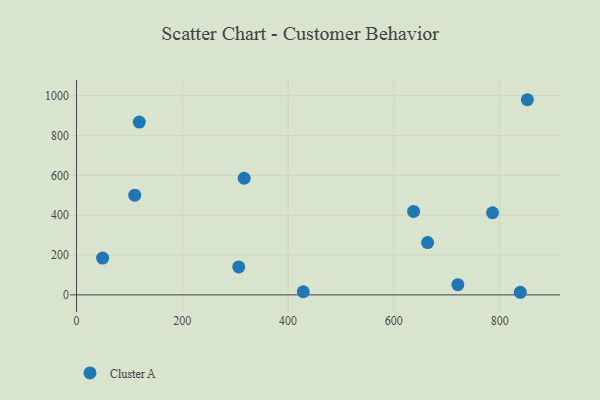
{"axis": {"x": "Ad Spend", "y": "Profit"}, "legend": ["Cluster A"], "data": [{"x": "786.5", "y": 412.3, "type": "Cluster A"}, {"x": "49.4", "y": 184.6, "type": "Cluster A"}, {"x": "839.1", "y": 13.1, "type": "Cluster A"}, {"x": "852.4", "y": 979.9, "type": "Cluster A"}, {"x": "118.7", "y": 867.8, "type": "Cluster A"}, {"x": "663.8", "y": 262.7, "type": "Cluster A"}, {"x": "306.7", "y": 140.2, "type": "Cluster A"}, {"x": "721.0", "y": 51.5, "type": "Cluster A"}, {"x": "317.0", "y": 585.5, "type": "Cluster A"}, {"x": "637.3", "y": 418.9, "type": "Cluster A"}, {"x": "110.1", "y": 500.6, "type": "Cluster A"}, {"x": "428.7", "y": 15.8, "type": "Cluster A"}]}